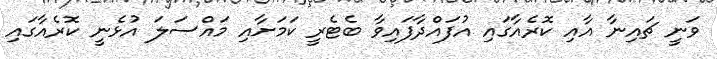
ވަނީ ޗައިނާ އާއި ކޮރެއާގައި އުފައްދާފައިވާ ބެޓެރީ ކަމަށާއި މައްސަލަ އުޅެނީ ކޮރެއާގައި